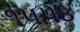
૧૫૫૪